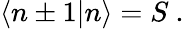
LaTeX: \langle n\pm 1|n\rangle=S\ .